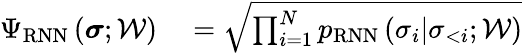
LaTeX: \begin{array}{rl}{\Psi_{\mathrm{RNN}}\left(\boldsymbol{\sigma};\mathcal{W}\right)}&{{}=\sqrt{\prod_{i=1}^{N}p_{\mathrm{RNN}}\left(\sigma_{i}|\sigma_{<i};\mathcal{W}\right)}}\end{array}